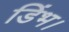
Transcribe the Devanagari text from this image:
डिंभ।